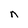
Character: n